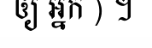
ឲ្យ អ្នក ) ។